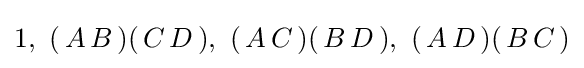
1,\ (\,A\,B\,)(\,C\,D\,),\ (\,A\,C\,)(\,B\,D\,),\ (\,A\,D\,)(\,B\,C\,)